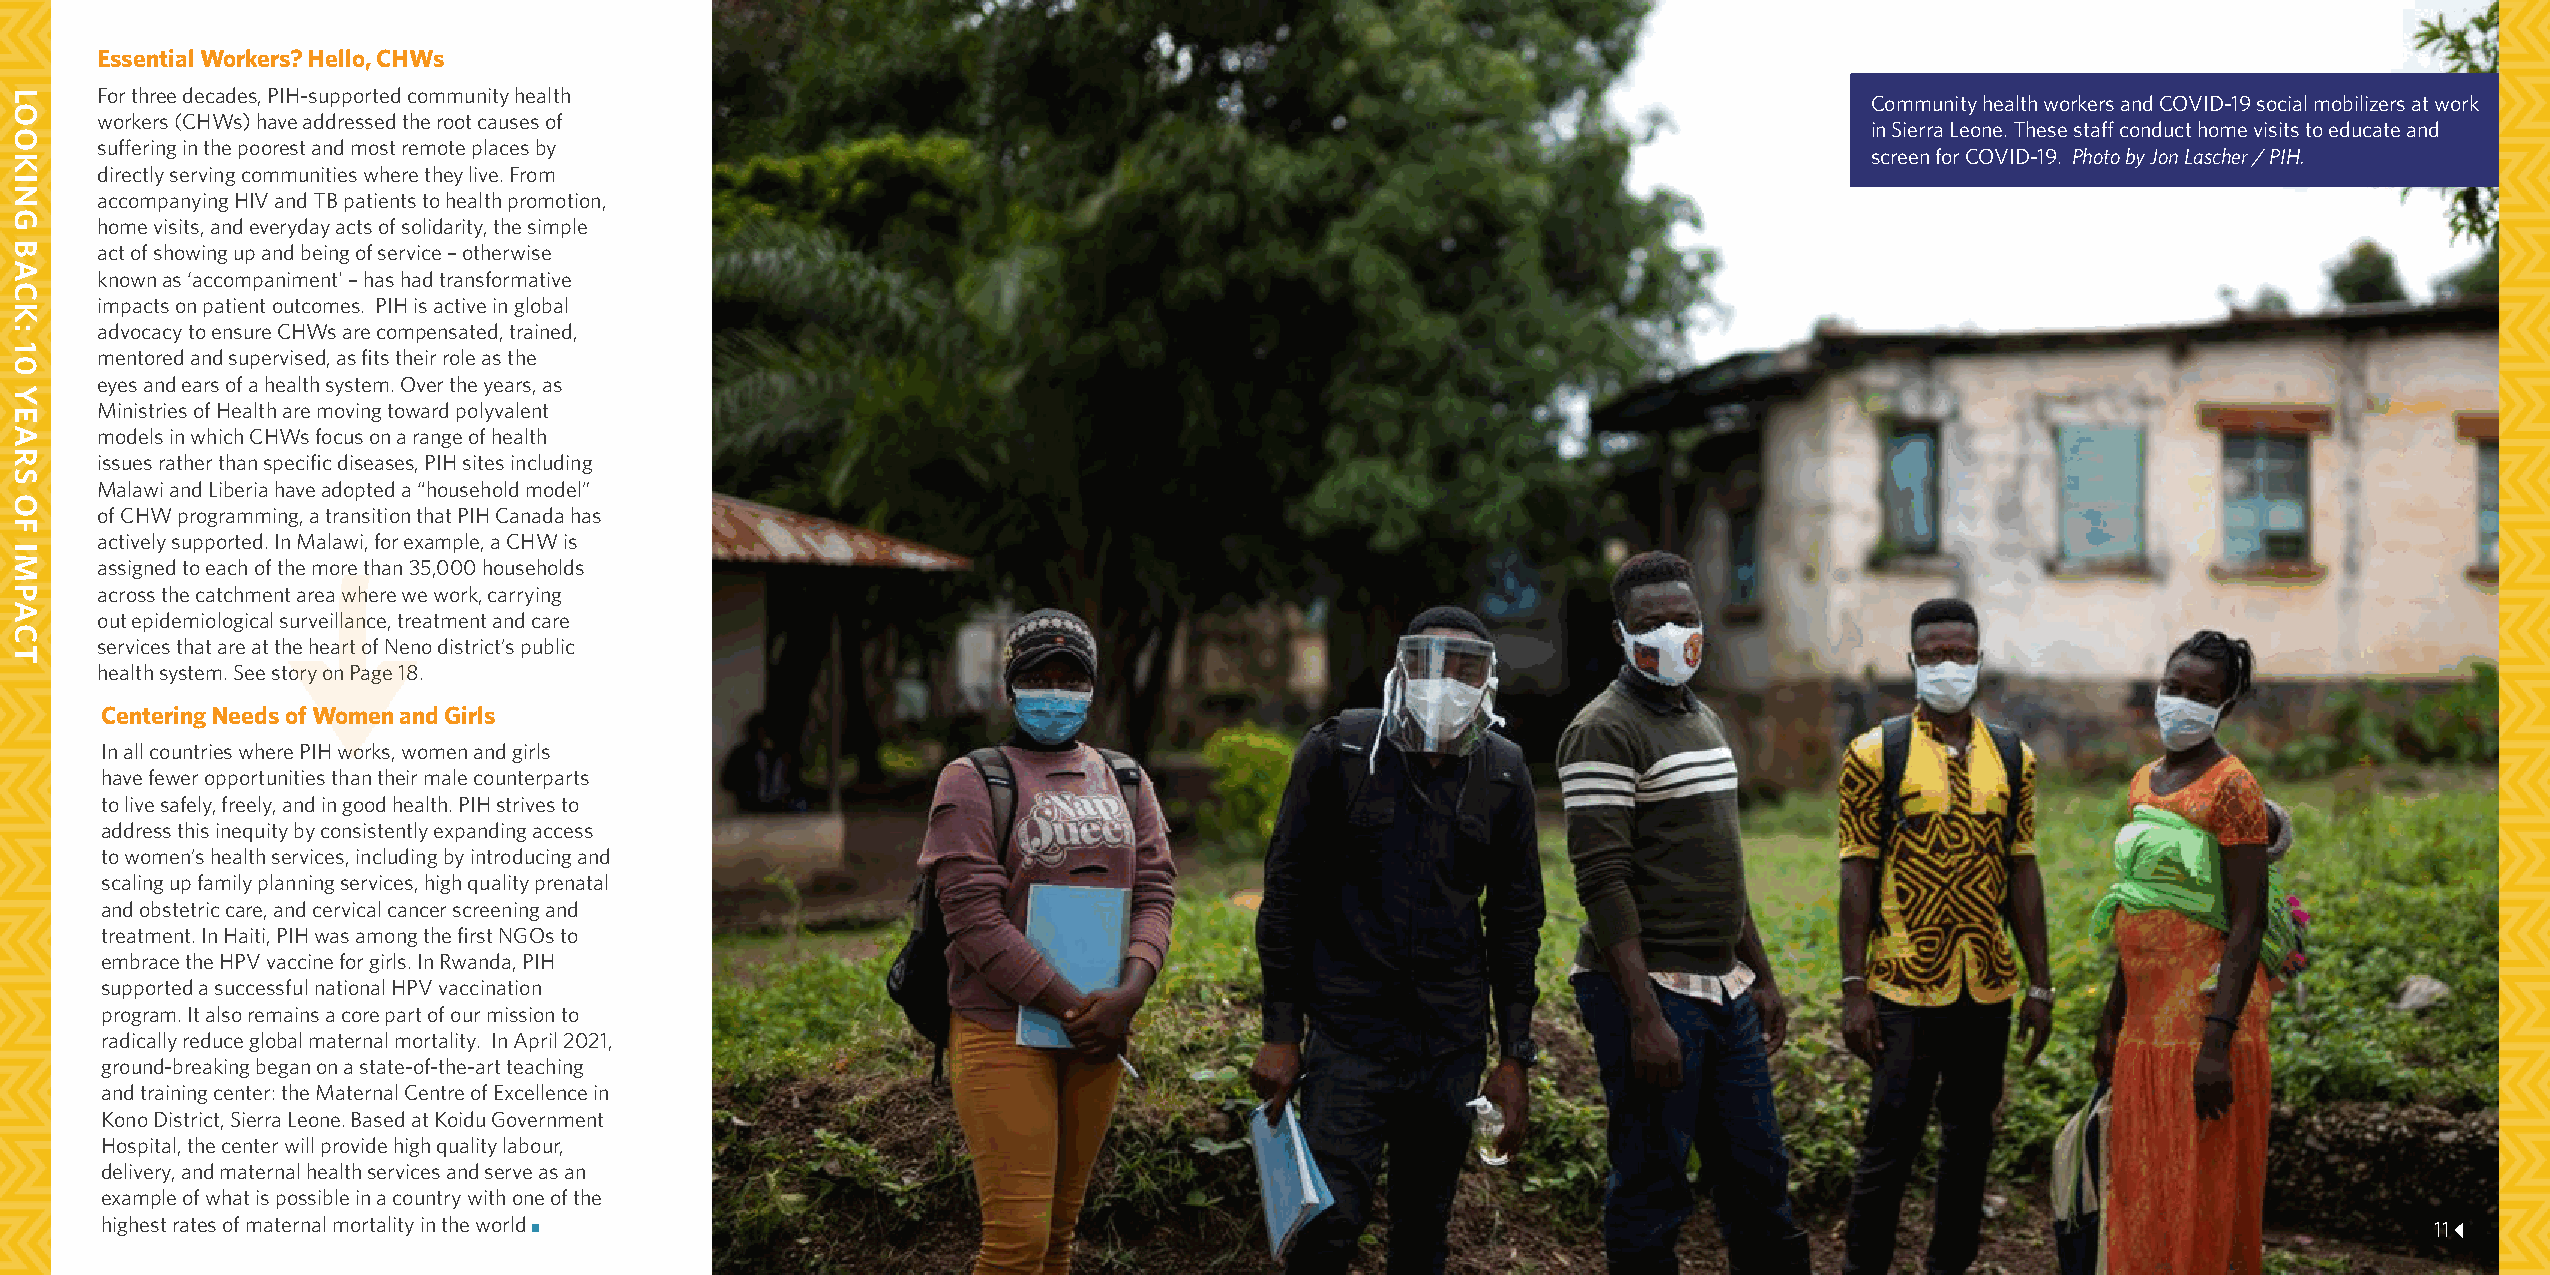
Essential Workers? Hello, CHWs
 For three decades, PIH-supported community health                                                                     Community health workers and COVID-19 social mobilizers at work
 workers (CHWs) have addressed the root causes of
 in Sierra Leone. These staff conduct home visits to educate and
 suffering in the poorest and most remote places by
 screen for COVID-19. Photo by Jon Lascher / PIH.
 directly serving communities where they live. From
 accompanying HIV and TB patients to health promotion,
 home visits, and everyday acts of solidarity, the simple
 act of showing up and being of service – otherwise
 known as ‘accompaniment' – has had transformative
 impacts on patient outcomes. PIH is active in global
 advocacy to ensure CHWs are compensated, trained,
 mentored and supervised, as fits their role as the
 eyes and ears of a health system. Over the years, as
 Ministries of Health are moving toward polyvalent
 models in which CHWs focus on a range of health
 issues rather than specific diseases, PIH sites including
 Malawi and Liberia have adopted a “household model”
 of CHW programming, a transition that PIH Canada has
 actively supported. In Malawi, for example, a CHW is
 assigned to each of the more than 35,000 households
 across the catchment area where we work, carrying
 out epidemiological surveillance, treatment and care
 services that are at the heart of Neno district’s public
 health system. See story on Page 18.
 Centering Needs of Women and Girls
 In all countries where PIH works, women and girls
 have fewer opportunities than their male counterparts
 to live safely, freely, and in good health. PIH strives to
 address this inequity by consistently expanding access
 to women’s health services, including by introducing and
 scaling up family planning services, high quality prenatal
 and obstetric care, and cervical cancer screening and
 treatment. In Haiti, PIH was among the first NGOs to
 embrace the HPV vaccine for girls. In Rwanda, PIH
 supported a successful national HPV vaccination
 program. It also remains a core part of our mission to
 radically reduce global maternal mortality. In April 2021,
 ground-breaking began on a state-of-the-art teaching
 and training center: the Maternal Centre of Excellence in
 Kono District, Sierra Leone. Based at Koidu Government
 Hospital, the center will provide high quality labour,
 delivery, and maternal health services and serve as an
 example of what is possible in a country with one of the
 highest rates of maternal mortality in the world                                                                                                          11
 LOOKING
 BACK:
 10
 YEARS
 OF
 IMPACT